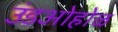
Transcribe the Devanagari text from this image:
उंडओहोळ